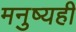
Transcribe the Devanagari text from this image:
मनुष्यही